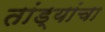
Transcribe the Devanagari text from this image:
तांड्यांचा